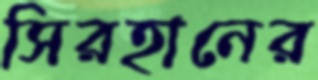
সিরহানের